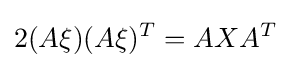
2(A\xi )(A\xi )^{T}=AXA^{T}